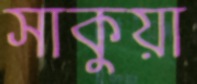
সাকুয়া